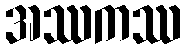
အဿကဿ